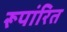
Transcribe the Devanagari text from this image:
रूपांरित